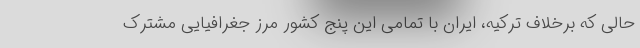
حالی که برخلاف ترکیه، ایران با تمامی این پنج کشور مرز جغرافیایی مشترک